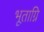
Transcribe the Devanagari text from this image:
भूताग्नि